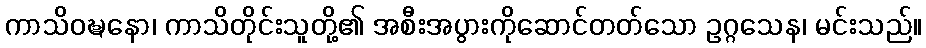
ကာသိဝဍ္ဎနော၊ ကာသိတိုင်းသူတို့၏ အစီးအပွားကိုဆောင်တတ်သော ဥဂ္ဂသေန၊ မင်းသည်။